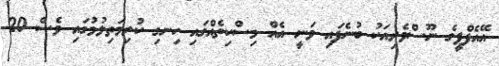
އޭއެފްޕީގެ ނޫސްވެރިއަކު ބުނެފައި ވަނީ އެއް މިސްކިތެއްގައި ހިނގި ކުރިމަތިލުމުގައި ވެސް 20